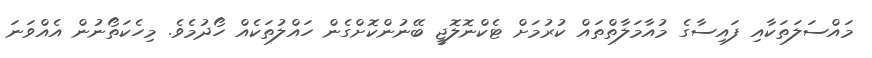
މައްސަލަތަކާއި ފައިސާގެ މުއާމަލާތްތައް ކުރުމަށް ޓެކްނޮލޮޖީ ބޭނުންކޮށްގެން ހައްލުތަކެއް ހޯދުމެވެ. މިހެކަތޯނުން އެއްވަނަ